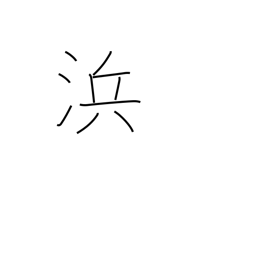
Meaning: seacoast